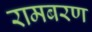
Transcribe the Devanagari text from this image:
रामबरण